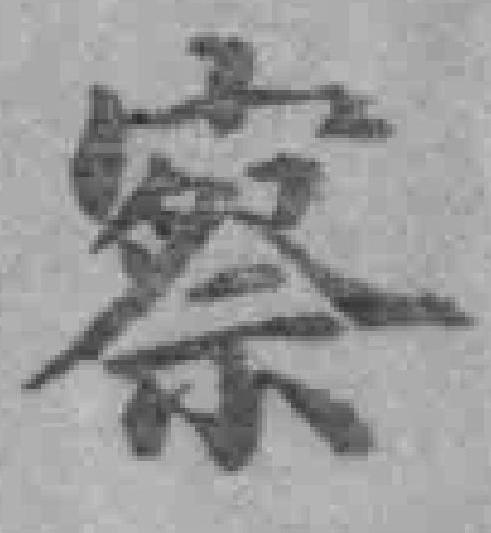
察